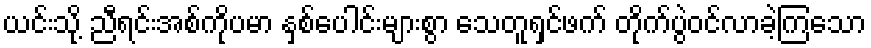
ယင်းသို့ ညီရင်းအစ်ကိုပမာ နှစ်ပေါင်းများစွာ သေတူရှင်ဖက် တိုက်ပွဲဝင်လာခဲ့ကြသော